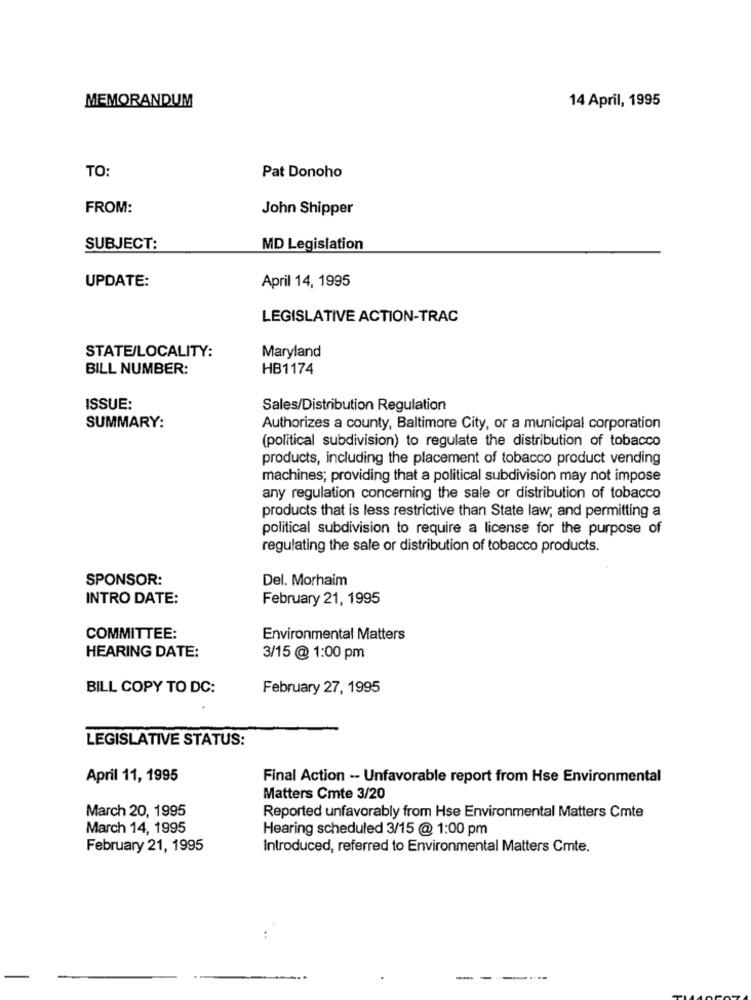
MEMORANDUM
14 April, 1995
TO:
Pat Donoho
FROM:
John Shipper
SUBJECT:
MD Legislation
April 14, 1995
UPDATE:
LEGISLATIVE ACTION-TRAC
STATE/LOCALITY:
Maryland
BILL NUMBER:
HB1174
ISSUE:
Sales/Distribution Regulation
SUMMARY:
Authorizes a county, Baltimore City, or a municipal corporation
(political subdivision) to regulate the distribution of tobacco
products, including the placement of tobacco product vending
machines; providing that a political subdivision may not impose
any regulation concerning the sale or distribution of tobacco
products that is less restrictive than State law, and permitting a
political subdivision to require a license for the purpose of
regulating the sale or distribution of tobacco products.
SPONSOR:
Del. Morhaim
INTRO DATE:
February 21, 1995
COMMITTEE:
Environmental Matters
HEARING DATE:
3/15@ 1:00 pm
BILL COPY TO DC:
February 27, 1995
LEGISLATIVE STATUS:
April 11, 1995
Final Action -- Unfavorable report from Hse Environmental
Matters Cmte 3/20
March 20, 1995
Reported unfavorably from Hse Environmental Matters Cmte
March 14, 1995
Hearing scheduled 3/15 @ 1:00 pm
February 21, 1995
Introduced, referred to Environmental Matters Cmte.
--